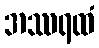
အဿရထံ